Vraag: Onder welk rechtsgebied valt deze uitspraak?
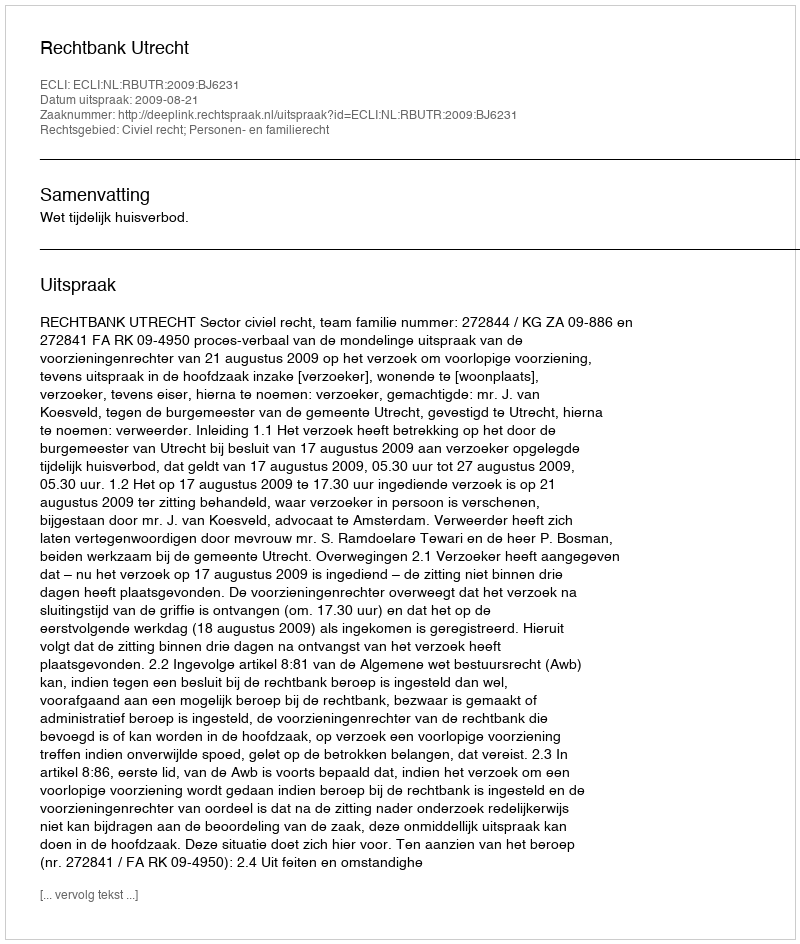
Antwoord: Civiel recht; Personen- en familierecht